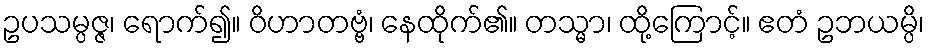
ဥပသမ္ပဇ္ဇ၊ ရောက်၍။ ဝိဟာတဗ္ဗံ၊ နေထိုက်၏။ တသ္မာ၊ ထို့ကြောင့်။ ဧတံ ဥဘယမ္ပိ၊